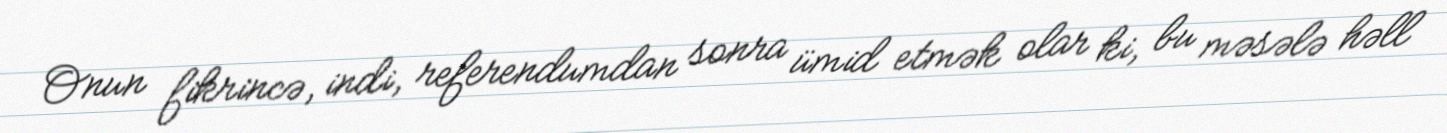
Onun fikrincə, indi, referendumdan sonra ümid etmək olar ki, bu məsələ həll